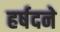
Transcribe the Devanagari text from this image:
हर्षदने